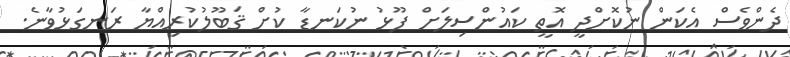
ދެންވެސް އެކަން ނުކޮށްދީ އޮތީ ކައުންސިލަށް ފޫޅު ނުކަނޑާ ކުށް ޤަބޫލުކުރިއްޔާ ރަނގަޅުވާނެ.